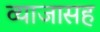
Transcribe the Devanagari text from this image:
व्याजासह